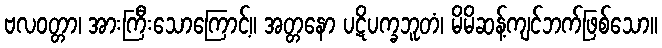
ဗလဝတ္တာ၊ အားကြီးသောကြောင့်။ အတ္တနော ပဋိပက္ခဘူတံ၊ မိမိဆန့်ကျင်ဘက်ဖြစ်သော။